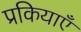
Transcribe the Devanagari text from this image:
प्रकियाएँ